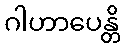
ဂါဟာပေန္တိ